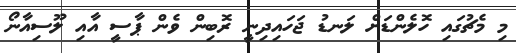
މި މެޗުގައި ހޮލެންޑަށް ލަނޑު ޖަހައިދިނީ ރޮބިން ވެން ޕާސީ އާއި ލޫސިއާނޯ